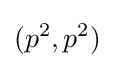
(p^{2},p^{2})